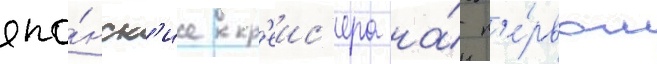
япо́нск'ие кр'еис'ера на́ п'е́рвом